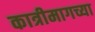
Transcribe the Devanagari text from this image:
कात्रीमागच्या